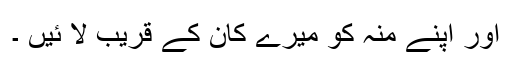
اور اپنے منہ کو میرے کان کے قریب لا ئیں ۔